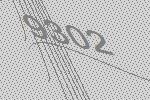
9302